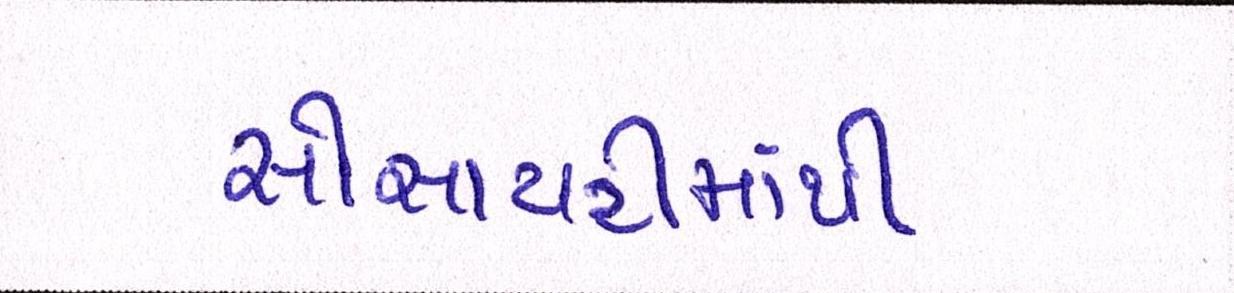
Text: સોસાયટીમાંથી